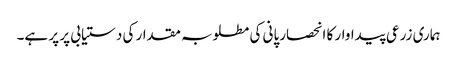
ہماری زرعی پیداوار کا انحصارپانی کی مطلوبہ مقدار کی دستیابی پر پر ہے۔